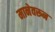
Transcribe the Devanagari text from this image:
मानेवरून